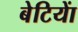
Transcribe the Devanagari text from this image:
बेटियाें